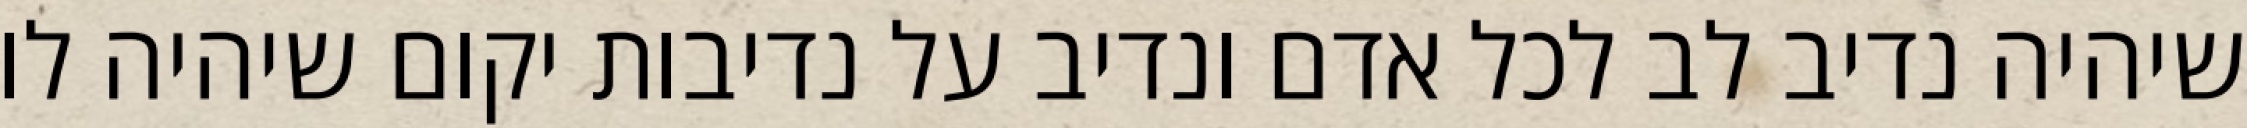
שיהיה נדיב לב לכל אדם ונדיב על נדיבות יקום שיהיה לו